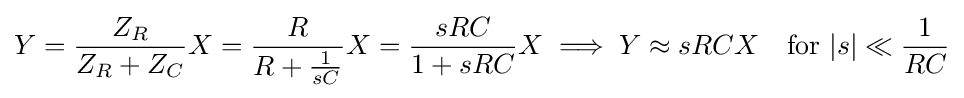
Y={\frac {Z_{R}}{Z_{R}+Z_{C}}}X={\frac {R}{R+{\frac {1}{sC}}}}X={\frac {sRC}{1+sRC}}X\implies Y\approx sRCX\quad {\text{for}}\ |s|\ll {\frac {1}{RC}}